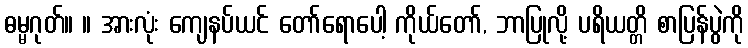
ဓမ္မဂုတ်။ ။ အားလုံး ကျေနပ်ယင် တော်ရောပေါ့ ကိုယ်တော်, ဘာပြုလို့ ပရိယတ္တိ စာပြန်ပွဲကို